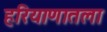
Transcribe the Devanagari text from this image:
हरियाणातला